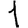
Digit: 1